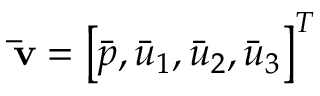
{ { { \bf { \bar { v } } } } } = { \left[ { \bar { p } , \bar { u } _ { 1 } , \bar { u } _ { 2 } , \bar { u } _ { 3 } } \right] ^ { T } }